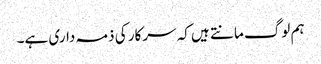
ہم لوگ مانتے ہیں کہ سرکار کی ذمہ داری ہے۔